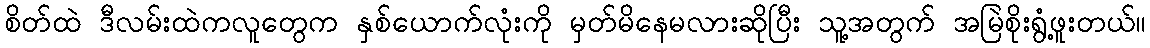
စိတ်ထဲ ဒီလမ်းထဲကလူတွေက နှစ်ယောက်လုံးကို မှတ်မိနေမလားဆိုပြီး သူ့အတွက် အမြဲစိုးရွံ့ဖူးတယ်။